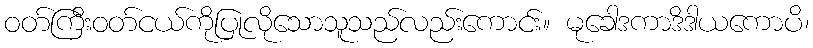
ဝတ်ကြီးဝတ်ငယ်ကိုပြုလိုသောသူသည်လည်းကောင်း။ မုခေါဒကာဒိဒါယကောပိ၊